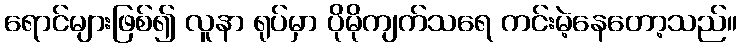
ရောင်များဖြစ်၍ လူနာ ရုပ်မှာ ပိုမိုကျက်သရေ ကင်းမဲ့နေတော့သည်။